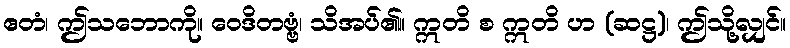
ဧတံ၊ ဤသဘောကို။ ဝေဒိတဗ္ဗံ၊ သိအပ်၏။ ဣတိ စ ဣတိ ဟ (ဆဋ္ဌ)၊ ဤသို့လျှင်။